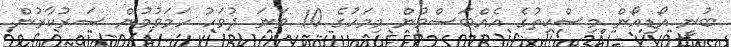
ބުނީ އޯޑިއޯން މިސްކިތުގެ އެއްބަސްވުން މިމަހުގެ 10 ވަނަ ދުވަހު ހަމަވުމުން ސަރުކާރުން